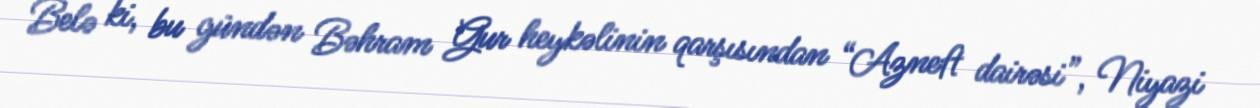
Belə ki, bu gündən Bəhram Gur heykəlinin qarşısından “Azneft dairəsi”, Niyazi